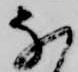
な